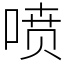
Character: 喷